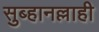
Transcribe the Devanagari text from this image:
सुब्हानल्लाही